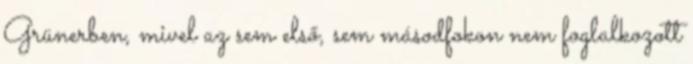
Grünerben, mivel az sem első, sem másodfokon nem foglalkozott